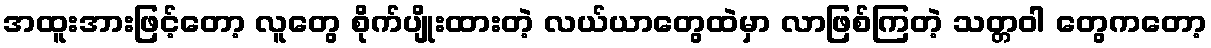
အထူးအားဖြင့်တော့ လူတွေ စိုက်ပျိုးထားတဲ့ လယ်ယာတွေထဲမှာ လာဖြစ်ကြတဲ့ သတ္တဝါ တွေကတော့